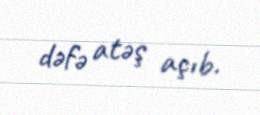
dəfə atəş açıb.